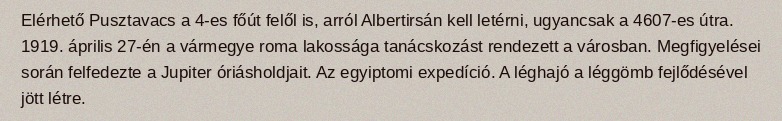
Elérhető Pusztavacs a 4-es főút felől is, arról Albertirsán kell letérni, ugyancsak a 4607-es útra. 1919. április 27-én a vármegye roma lakossága tanácskozást rendezett a városban. Megfigyelései során felfedezte a Jupiter óriásholdjait. Az egyiptomi expedíció. A léghajó a léggömb fejlődésével jött létre.